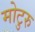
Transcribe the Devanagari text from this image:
मोटुरु